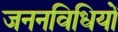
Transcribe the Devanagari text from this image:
जननविधियों